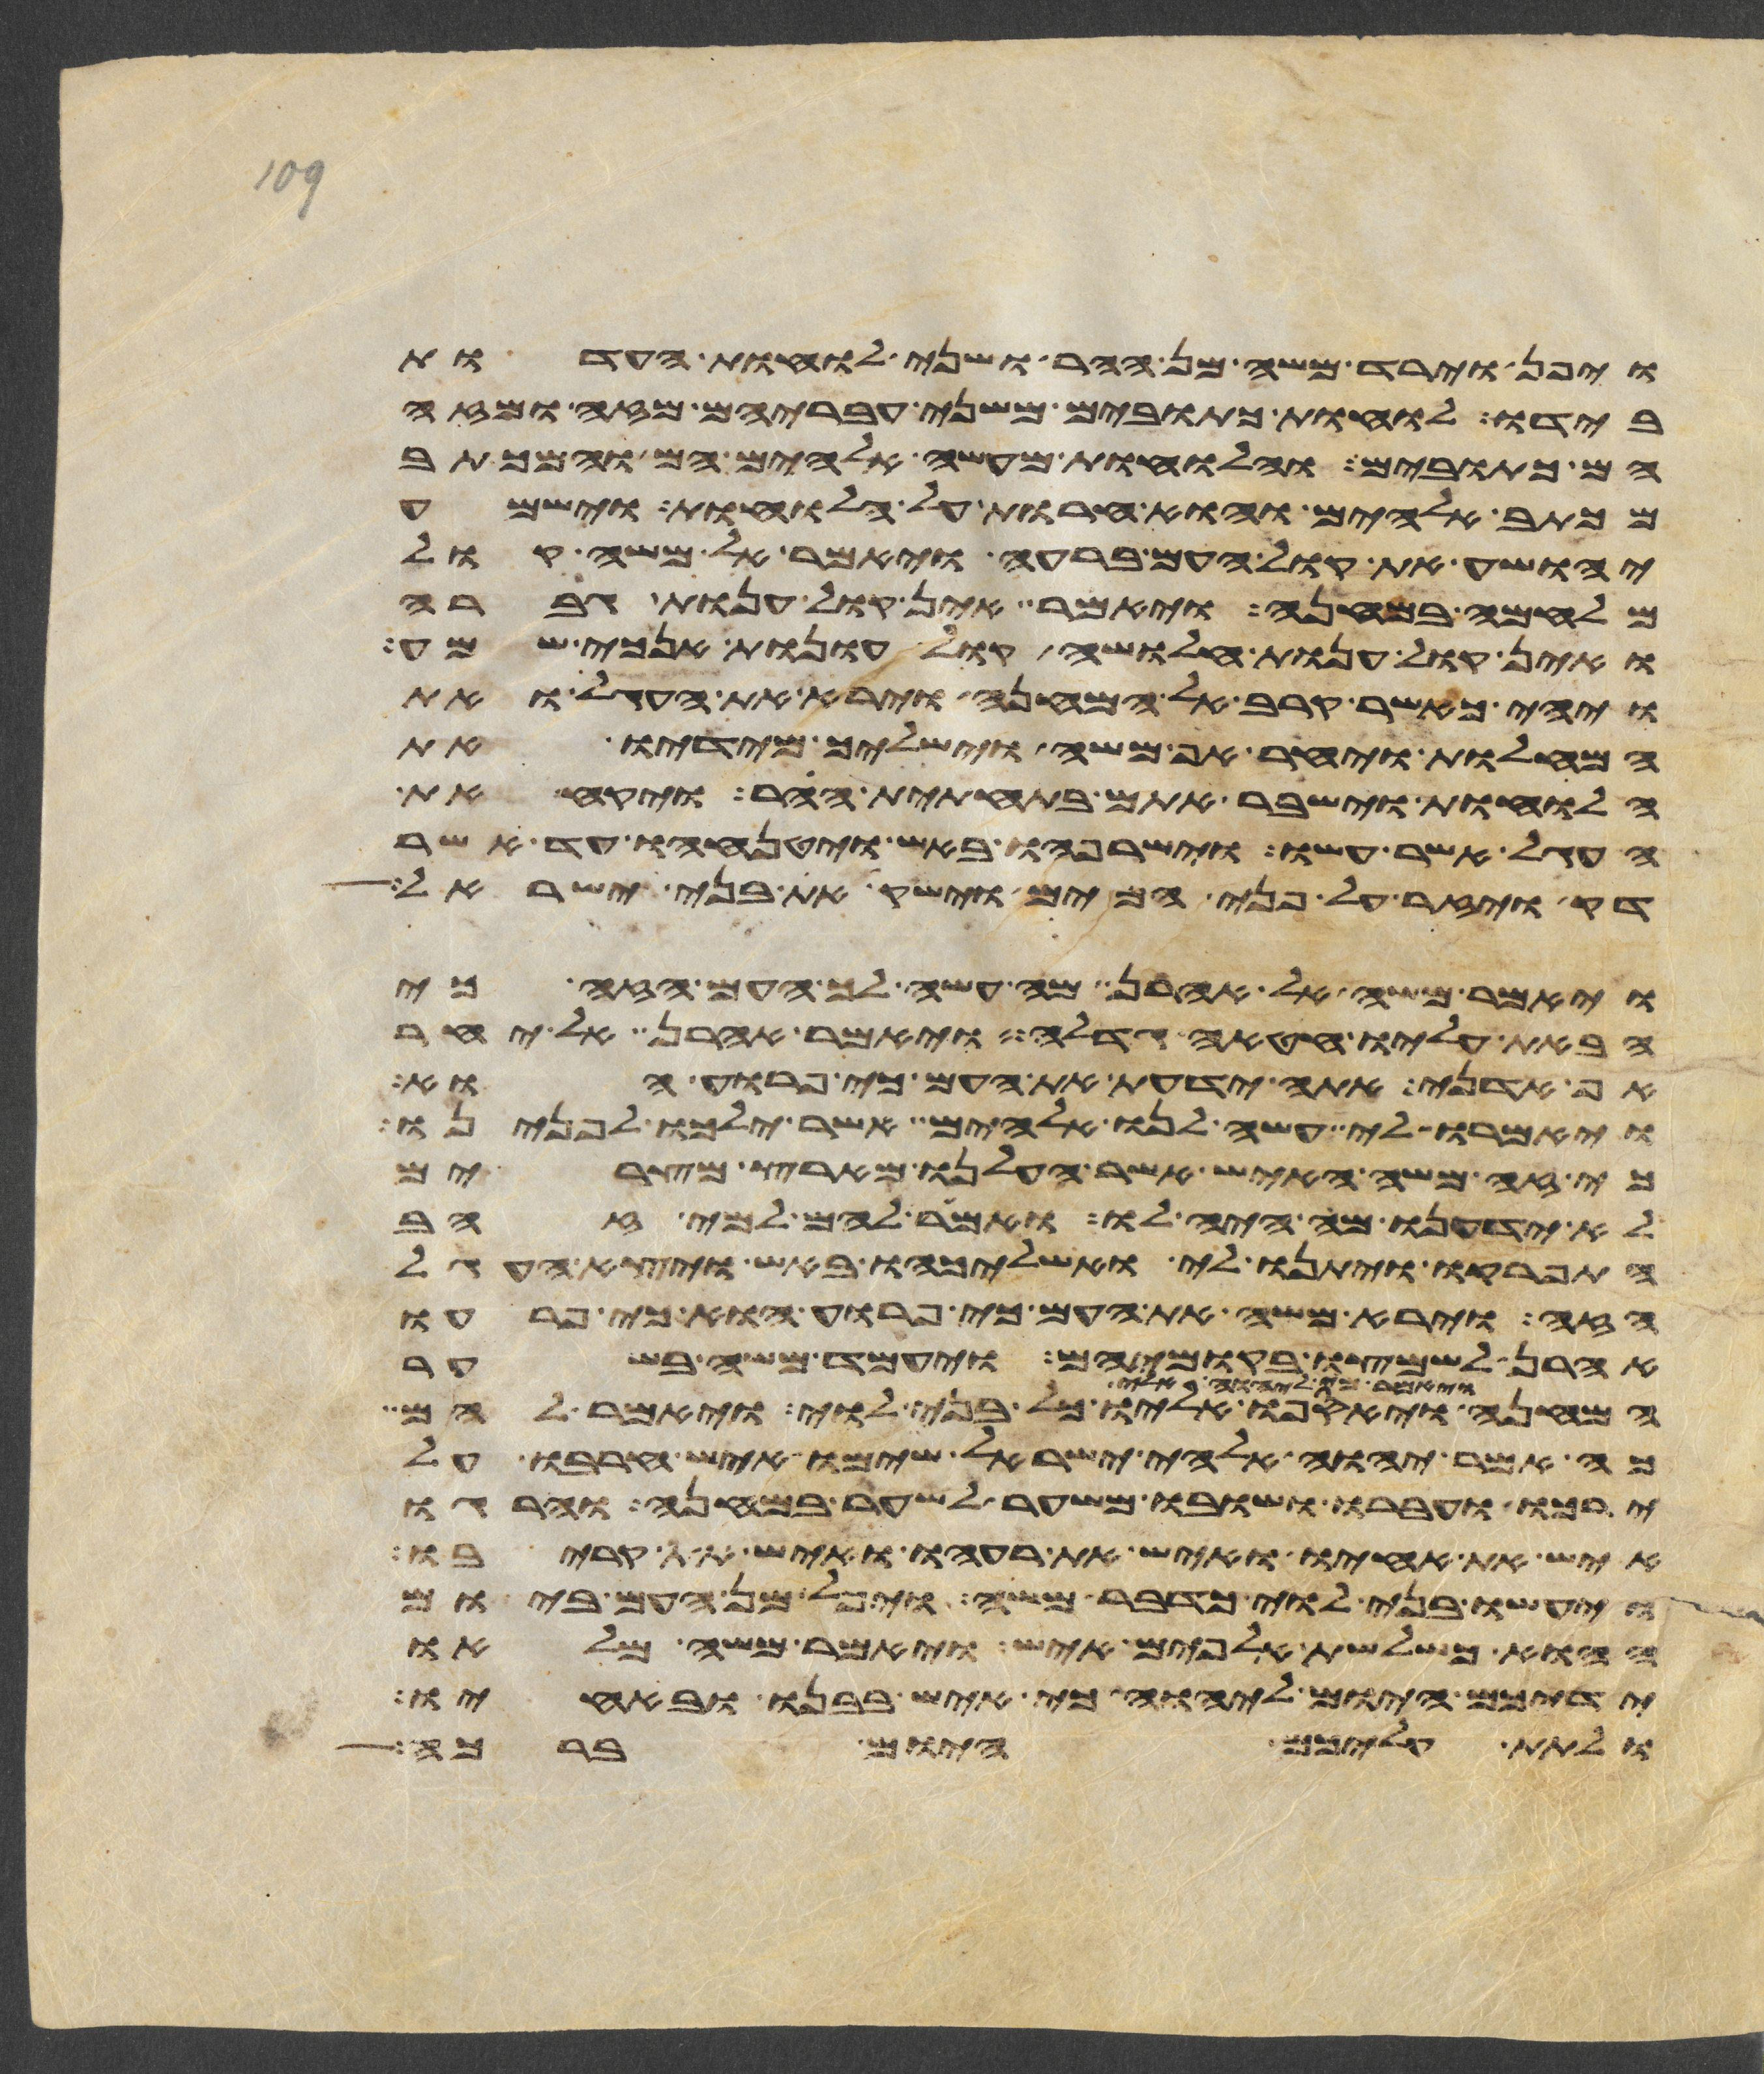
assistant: ויפן וירד משה מן ההר ושני לוחת העדות
בידו לוחת כתובים משני עבריהם מזה ומזה
הם כתובים והלוחות מעשה אלהים הם והמכתב
מכתב אלהים הוא חרות על הלוחות וישמע
יהושע את קול העם ברעה ויאמר אל משה קול
מלחמה במחנה ויאמר אין קול ענות גברה
ואין קול ענות חלושה קול עונות אנכי שמע
ויהי כאשר קרב אל המחנה וירא את העגל ואת
המחלות ויחר אף משה וישליך מידיו את
הלוחות וישבר אתם בתחתית ההר ויקח את
העגל אשר עשו וישרפהו באש ויטנחהו עד אשר
דק ויזר על פני המים וישק את בני ישראל
ויאמר משה אל אהרן מה עשה לך העם הזה כי
הבאת עליו חטאה גדלה ויאמר אהרן אל יחר
אף אדני אתה ידעת את העם כי פרוע הוא
ויאמרו לי עשה לנו אלהים אשר ילכו לפנינו
כי זה משה האיש אשר העלנו מארץ מצרים
לא ידענו מה היה לו ואמר להם למי זהב
התפרקו ויתנו לי ואשליכהו באש ויצא העגל
הזה וירא משה את העם כי פרוע הוא כי פרעו
אהרן לשמצו בקומיהם ויעמד משה בשער
ויאספו אליו כל בני לוי ויאמר להם
כה אמר יהוה אלהי ישראל שימו איש חרבו על
ירכו ועברו ושובו משער לשער במחנה והרגו
איש את אחיו ואיש את רעהו ואיש את קריבו
ויעשו בני לוי כדבר משה ויפל מן העם ביום
ההוא כשלשת אלפים איש ויאמר משה מלאו
ידיכם היום ליהוה כי איש בבנו ובאחיו
ולתת עליכם היום ברכה